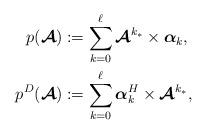
LaTeX: \begin{align*}p(\boldsymbol{\mathcal{A}}) &:= \sum_{k=0}^{{\ell}} \boldsymbol{\mathcal{A}}^{k_*} \times \boldsymbol{\alpha}_k ,\\p^{D}(\boldsymbol{\mathcal{A}}) &:= \sum_{k=0}^{{\ell}} \boldsymbol{\alpha}_k^H \times \boldsymbol{\mathcal{A}}^{k_*} ,\end{align*}